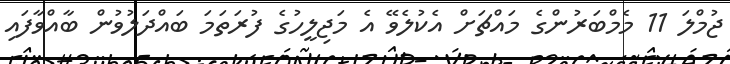
ޖުމްލަ 11 މެމްބަރުންގެ މައްޗަށް އެކުލެވޭ އެ މަޖިލީހުގެ ފުރަތަމަ ބައްދަލުވުން ބާއްވާފައި